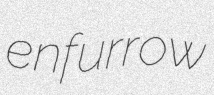
enfurrow